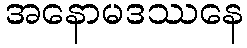
အနောမဒဿနေ